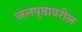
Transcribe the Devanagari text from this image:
जलपृष्ठावरील